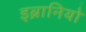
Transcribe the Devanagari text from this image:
इब्रानियो